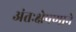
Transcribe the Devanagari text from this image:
अंतःक्षेपणाने